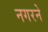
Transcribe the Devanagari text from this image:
नगरने